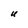
Character: U